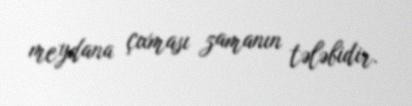
meydana çıxması zamanın tələbidir.